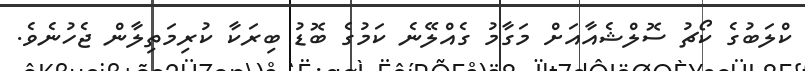
ކްލަބުގެ ކޯޗު ސޮލްޝެއާއަށް މަގާމު ގެއްލޭނެ ކަމުގެ ބޮޑު ބިރަކާ ކުރިމަތިލާން ޖެހުނެވެ.